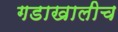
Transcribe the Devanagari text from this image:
गडाखालीच